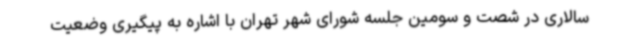
سالاری در شصت و سومین جلسه شورای شهر تهران با اشاره به پیگیری وضعیت